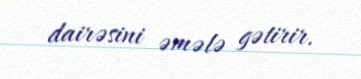
dairəsini əmələ gətirir.